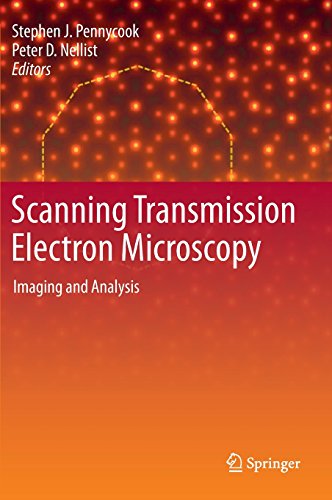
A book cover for Scanning Transmission Electron Microscopy: Imaging and Analysis; Science & Math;